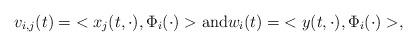
LaTeX: \begin{align*} v_{i,j}(t) = \; < x_j(t,\cdot) , \Phi_i(\cdot) > \mbox{and} w_i(t) = \; < y(t,\cdot) , \Phi_i(\cdot) > , \end{align*}